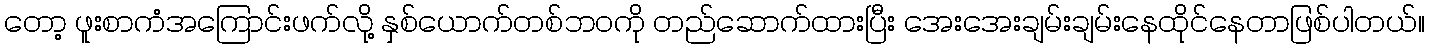
တော့ ဖူးစာကံအကြောင်းဖက်လို့ နှစ်ယောက်တစ်ဘဝကို တည်ဆောက်ထားပြီး အေးအေးချမ်းချမ်းနေထိုင်နေတာဖြစ်ပါတယ်။